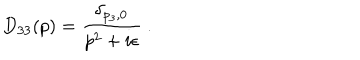
LaTeX: D _ { 3 3 } ( p ) = \frac { \delta _ { p _ { 3 } , 0 } } { p ^ { 2 } + i \epsilon } \ .